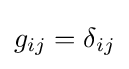
g_{ij}=\delta _{ij}